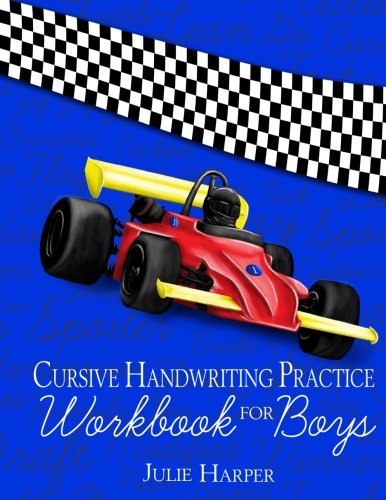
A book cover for Cursive Handwriting Practice Workbook for Boys; Julie Harper; Reference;